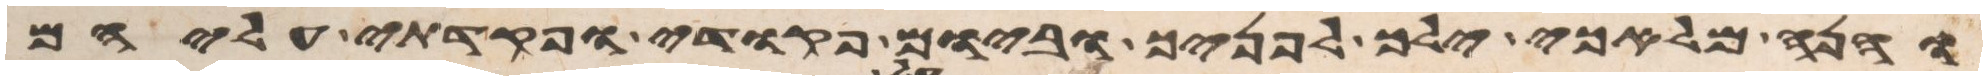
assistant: והנה מלאכי ילך לפניך וביום פקודי ופקדתי עליהם